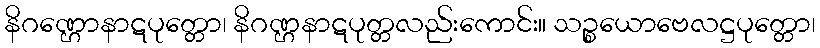
နိဂဏ္ဌောနာဋပုတ္တော၊ နိဂဏ္ဌနာဋပုတ္တလည်းကောင်း။ သဉ္စယောဗေလဋ္ဌပုတ္တော၊